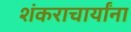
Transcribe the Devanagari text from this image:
शंकराचार्यांना